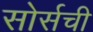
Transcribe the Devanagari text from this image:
सोर्सची